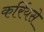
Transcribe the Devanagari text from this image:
कर्रियसे